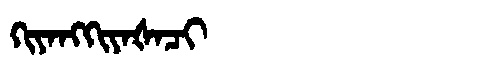
Manchu: ᡴᡳᠶᠠᠩᡴᡳᠶᠠᡧᠠᠴᡳ
Romanization: KIYANGKIYAŠACI